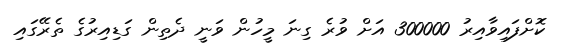
ކޮށްފައިވާއިރު 300000 އަށް ވުރެ ގިނަ މީހުން ވަނީ ދެތިން ގަޑިއިރުގެ ތެރޭގައި